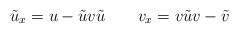
\begin{align*}\tilde u_x=u-\tilde u v\tilde u\qquad v_x=v\tilde u v-\tilde v\end{align*}